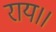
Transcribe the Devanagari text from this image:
राय।।